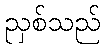
ညှစ်သည်